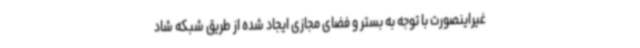
غیراینصورت با توجه به بستر و فضای مجازی ایجاد شده از طریق شبکه شاد